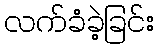
လက်ခံခဲ့ခြင်း